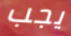
يجب